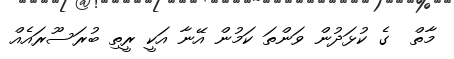
މާތް  ގެ ކުޅަދުން ވަންތަ ކަމުން އޭނާ އަކީ ރީތި ބުރަސޫރައެއް